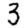
Digit: 3